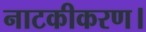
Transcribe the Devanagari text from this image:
नाटकीकरण।